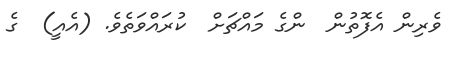
ވެރިން އެފޮތުން  ންގެ މައްޗަށް  ކުރައްވަތެވެ. (އެއީ)  ގެ